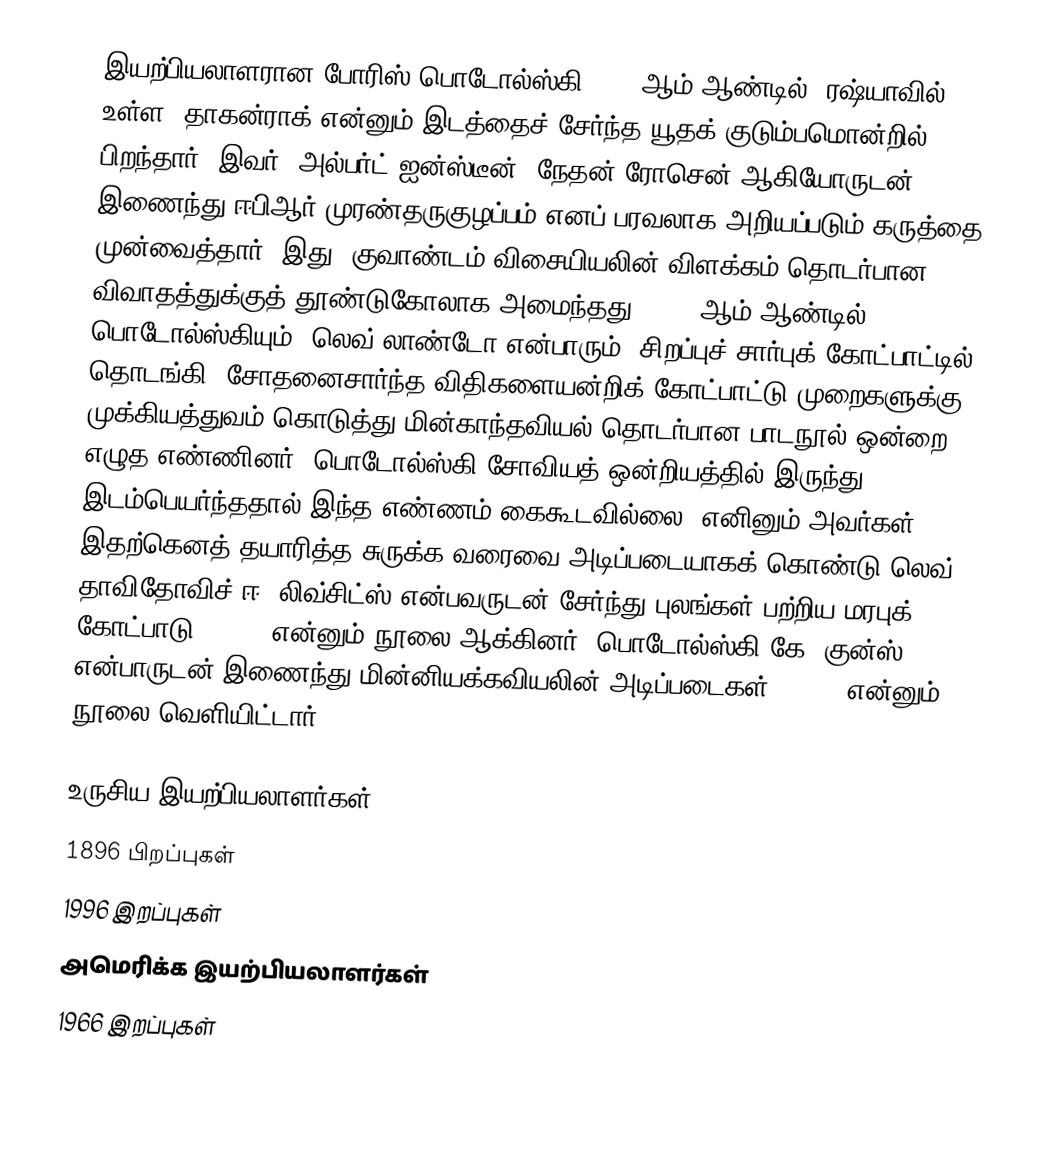
இயற்பியலாளரான போரிஸ் பொடோல்ஸ்கி 1896 ஆம் ஆண்டில், ரஷ்யாவில் உள்ள, தாகன்ராக் என்னும் இடத்தைச் சேர்ந்த யூதக் குடும்பமொன்றில் பிறந்தார். இவர், அல்பர்ட் ஐன்ஸ்டீன், நேதன் ரோசென் ஆகியோருடன் இணைந்து ஈபிஆர் முரண்தருகுழப்பம் எனப் பரவலாக அறியப்படும் கருத்தை முன்வைத்தார். இது, குவாண்டம் விசையியலின் விளக்கம் தொடர்பான விவாதத்துக்குத் தூண்டுகோலாக அமைந்தது. 1933 ஆம் ஆண்டில் பொடோல்ஸ்கியும், லெவ் லாண்டோ என்பாரும், சிறப்புச் சார்புக் கோட்பாட்டில் தொடங்கி, சோதனைசார்ந்த விதிகளையன்றிக் கோட்பாட்டு முறைகளுக்கு முக்கியத்துவம் கொடுத்து மின்காந்தவியல் தொடர்பான பாடநூல் ஒன்றை எழுத எண்ணினர். பொடோல்ஸ்கி சோவியத் ஒன்றியத்தில் இருந்து இடம்பெயர்ந்ததால் இந்த எண்ணம் கைகூடவில்லை. எனினும் அவர்கள் இதற்கெனத் தயாரித்த சுருக்க வரைவை அடிப்படையாகக் கொண்டு லெவ் தாவிதோவிச் ஈ. லிவ்சிட்ஸ் என்பவருடன் சேர்ந்து புலங்கள் பற்றிய மரபுக் கோட்பாடு (1951) என்னும் நூலை ஆக்கினர். பொடோல்ஸ்கி கே. குன்ஸ் என்பாருடன் இணைந்து மின்னியக்கவியலின் அடிப்படைகள் (1969) என்னும் நூலை வெளியிட்டார்.

உருசிய இயற்பியலாளர்கள்
1896 பிறப்புகள்
1996 இறப்புகள்
அமெரிக்க இயற்பியலாளர்கள்
1966 இறப்புகள்